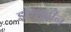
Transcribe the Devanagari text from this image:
इलमुद्दीन